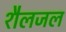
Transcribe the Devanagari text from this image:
शैलजल